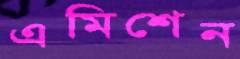
এমিশেন